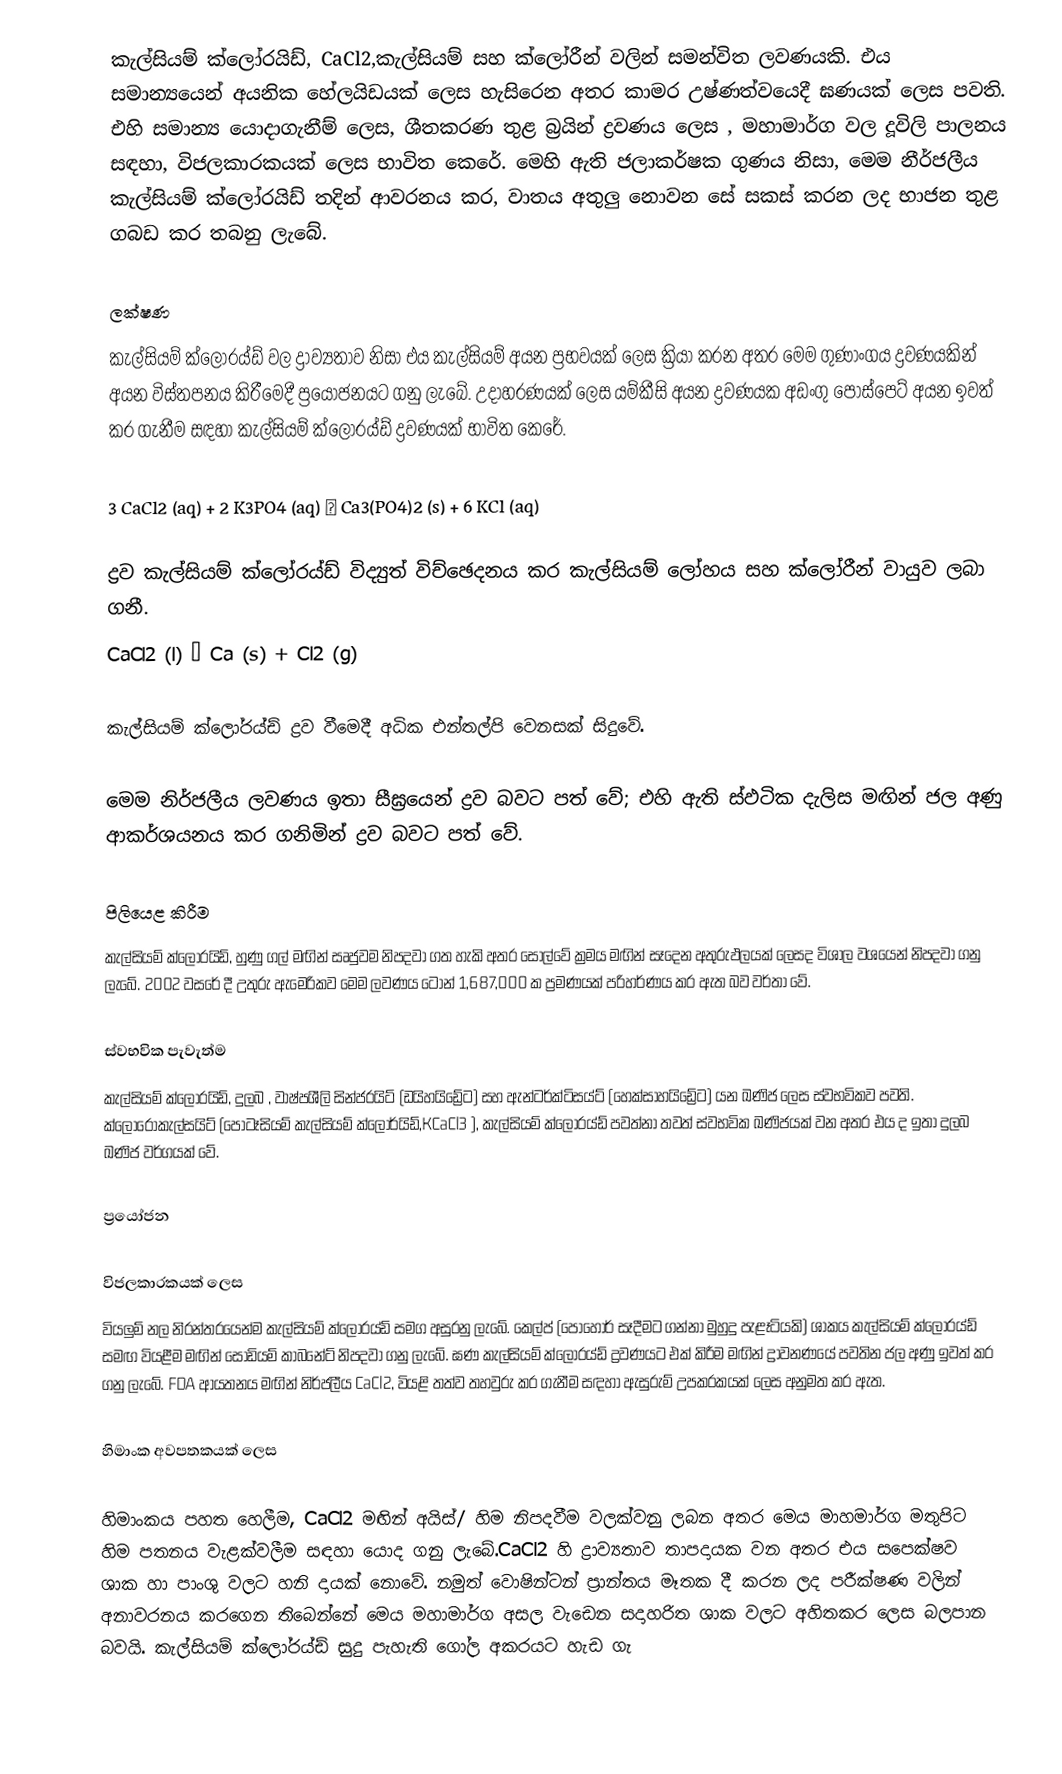
කැල්සියම් ක්ලෝරයිඩ්, CaCl2,කැල්සියම් සහ ක්ලෝරීන් වලින් සමන්විත ලවණයකි. එය සමාන්‍යයෙන් අයනික හේලයිඩයක් ලෙස හැසිරෙන අතර කාමර උෂ්ණත්වයෙදී ඝණයක් ලෙස පවති. එහි සමාන්‍ය යොදාගැනීම් ලෙස, ශීතකරණ තුළ බ්‍රයින් ද්‍රවණය ලෙස , මහාමාර්ග වල දූවිලි පාලනය සඳහා, විජලකාරකයක් ලෙස භාවිත කෙරේ. මෙහි ඇති ජලාකර්ෂක ගුණය නිසා, මෙම නීර්ජලීය කැල්සියම් ක්ලෝරයිඩ් තදින් ආවරනය කර, වාතය අතුලු නොවන සේ සකස් කරන ලද භාජන තුළ ගබඩ කර තබනු ලැබේ.

ලක්ෂණ
කැල්සියම් ක්ලෝරය්ඩ් වල ද්‍රාව්‍යතාව නිසා එය කැල්සියම් අයන ප්‍රභවයක් ලෙස ක්‍රියා කරන අතර මෙම ගුණාංගය ද්‍රවණයකින් අයන විස්තපනය කිරීමෙදී ප්‍රයොජනයට ගනු ලැබේ. උදාහරණයක් ලෙස යම්කීසි අයන ද්‍රවණයක අඩංගු පොස්පෙට් අයන ඉවත් කර ගැනීම සඳහා කැල්සියම් ක්ලෝරය්ඩ් ද්‍රවණයක් භාවිත කෙරේ.

3 CaCl2 (aq) + 2 K3PO4 (aq) → Ca3(PO4)2 (s) + 6 KCl (aq)

ද්‍රව කැල්සියම් ක්ලෝරය්ඩ් විද්‍යුත් විච්ඡෙදනය කර කැල්සියම් ලෝහය සහ ක්ලෝරීන් වායුව ලබා ගනී.
CaCl2 (l) → Ca (s) + Cl2 (g)

කැල්සියම් ක්ලෝරය්ඩ් ද්‍රව වීමෙදී අධික එන්තල්පි වෙනසක් සිදුවේ.

මෙම නිර්ජලීය ලවණය ඉතා සීඝ්‍රයෙන් ද්‍රව බවට පත් වේ; එහි ඇති ස්ඵටික දැලිස මඟින් ජල අණු ආකර්ශයනය කර ගනිමින් ද්‍රව බවට පත් වේ.

පිලියෙළ කිරීම
කැල්සියම් ක්ලෝරයිඩ්, හුණු ගල් මඟින් සෘජුවම නිපදවා ගත හැකි අතර සොල්වේ ක්‍රමය මඟින් සෑදෙන අතුරුඵලයක් ලෙසද විශාල වශයෙන් නිපදවා ගනු ලැබේ. 2002 වසරේ දී උතුරු ඇමෙරිකව මෙම ලවණය ටොන් 1,687,000 ක ප්‍රමණයක් පරිහර්ණය කර ඇත බව වර්තා වේ.

ස්වභවික පැවැත්ම
කැල්සියම් ක්ලෝරයිඩ්, දුලබ , වාෂ්පශීලි සින්ජරයිට් (ඩයිහයිඩ්‍රේට) සහ ඇන්ටර්ක්ටිසය්ට් (හෙක්සාහයිඩ්‍රේට) යන ඛණිජ ලෙස ස්වභවිකව පවති. ක්ලෝරොකැල්සයිට් (පොටෑසියම් කැල්සියම් ක්ලෝර්යිඩ්,KCaCl3 ), කැල්සියම් ක්ලෝරය්ඩ් පවත්නා තවත් ස්වභවික ඛණිජයක් වන අතර එය ද ඉතා දුලබ ඛණිජ වර්ගයක් වේ.

ප්‍රයෝජන

විජලකාරකයක් ලෙස
වියලුම්  නල  නිරන්තරයෙන්ම කැල්සියම් ක්ලෝරය්ඩ් සමග අසුරනු ලැබේ. කෙල්ප් (පොහොර් සෑදීමට ගන්නා මුහුදු පැළෑටියකි) ශාකය කැල්සියම් ක්ලෝරය්ඩ් සමඟ වියළීම මඟින් සොඩියම් කාබනේට් නිපදවා ගනු ලැබේ. ඝණ කැල්සියම් ක්ලෝරය්ඩ් ද්‍රවණයට එක් කිරීම මඟින් ද්‍රාවනණයේ පවතින ජල අණු ඉවත් කර ගනු ලැබේ. FDA ආයතනය මඟින් නිර්ජලීය  CaCl2, වියළි තත්ව තහවුරු කර ගැනීම සඳහා ඇසුරුම් උපකරකයක් ලෙස අනුමත කර ඇත.

හිමාංක අවපතකයක් ලෙස

හිමාංකය පහත හෙලීම, CaCl2  මඟින් අයිස්/ හිම නිපදවීම වලක්වනු ලබන අතර මෙය මාහමාර්ග මතුපිට හිම පතනය වැළක්වලීම සඳහා යොද ගනු ලැබේ.CaCl2 හි ද්‍රාව්‍යතාව තාපදායක වන අතර එය සපෙක්ෂව ශාක හා පාංශු වලට හනි දායක් නොවේ. නමුත් වොෂින්ටන් ප්‍රාන්තය මෑතක දී කරන ලද පරීක්ෂණ වලින් අනාවරනය කරගෙන තිබෙන්නේ මෙය මහාමාර්ග අසල වැඩෙන සදාහරිත ශාක වලට අහිතකර ලෙස බලපාන බවයි. කැල්සියම් ක්ලෝරය්ඩ් සුදු පැහැති ගෝල අකරයට හැඩ ගැ